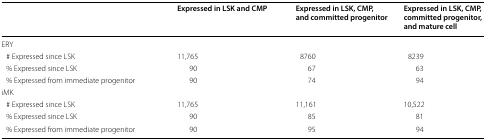
|  | Expressed in LSK and CMP | Expressed in LSK, CMP, and committed progenitor | Expressed in LSK, CMP, committed progenitor, and mature cell |
 | --- | --- | --- | --- |
 | <COLSPAN=4> ERY |
 | # Expressed since LSK | 11,765 | 8760 | 8239 |
 | % Expressed since LSK | 90 | 67 | 63 |
 | % Expressed from immediate progenitor | 90 | 74 | 94 |
 | <COLSPAN=4> iMK |
 | # Expressed since LSK | 11,765 | 11,161 | 10,522 |
 | % Expressed since LSK | 90 | 85 | 81 |
 | % Expressed from immediate progenitor | 90 | 95 | 94 |